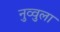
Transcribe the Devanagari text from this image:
नुव्वुला